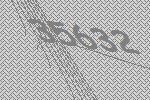
35632